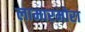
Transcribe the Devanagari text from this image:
लामारमोरा